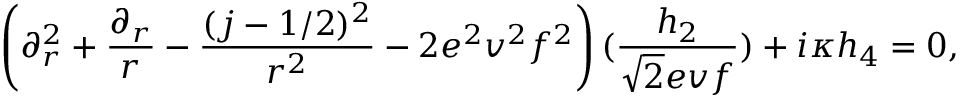
\left( \partial _ { r } ^ { 2 } + { \frac { \partial _ { r } } { r } } - { \frac { ( j - 1 / 2 ) ^ { 2 } } { r ^ { 2 } } } - 2 e ^ { 2 } v ^ { 2 } f ^ { 2 } \right) ( { \frac { h _ { 2 } } { \sqrt { 2 } e v f } } ) + i \kappa h _ { 4 } = 0 ,